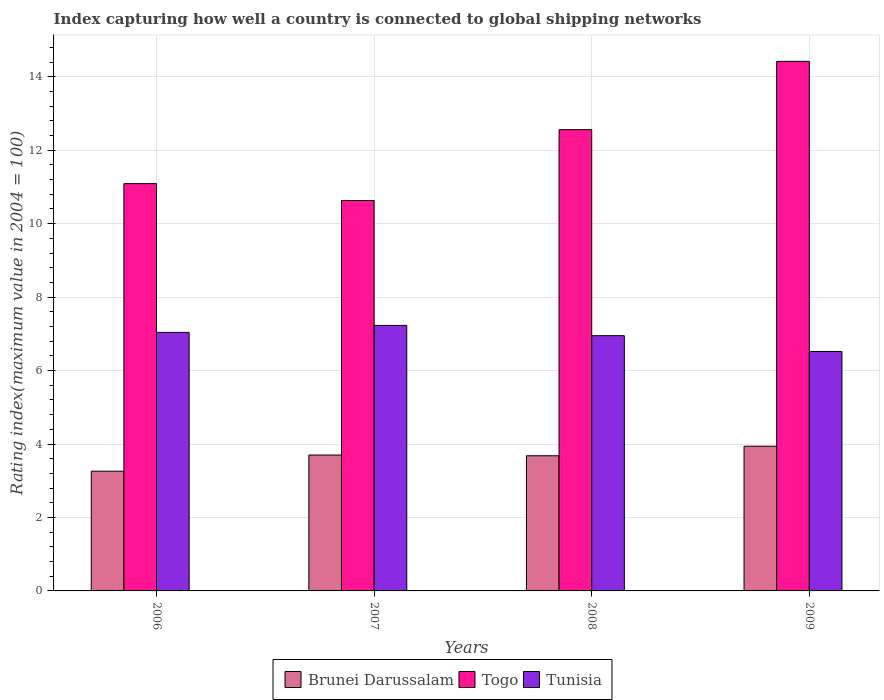
| Years | Brunei Darussalam | Togo | Tunisia |
 | --- | --- | --- | --- |
 | 2006 | 3.26 | 11.1 | 7.04 |
 | 2007 | 3.7 | 10.6 | 7.23 |
 | 2008 | 3.68 | 12.6 | 6.95 |
 | 2009 | 3.94 | 14.4 | 6.52 |